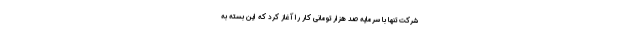
شرکت تنها با سرمایه صد هزار تومانی کار را آغاز کرد که این بسته به